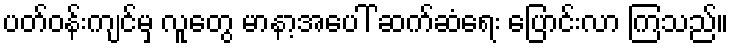
ပတ်ဝန်းကျင်မှ လူတွေ မာနာ့အပေါ် ဆက်ဆံရေး ပြောင်းလာ ကြသည်။